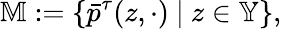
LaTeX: \mathbb{M}:=\{ \bar{p}^{\tau}(z,\cdot)~|~z\in\mathbb{Y}\} ,